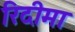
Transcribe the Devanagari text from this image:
रिदीमा